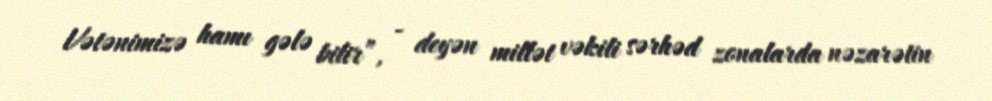
Vətənimizə hamı gələ bilir”, - deyən millət vəkili sərhəd zonalarda nəzarətin